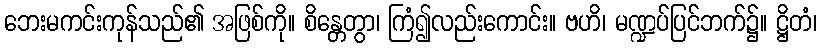
ဘေးမကင်းကုန်သည်၏ အဖြစ်ကို။ စိန္တေတွာ၊ ကြံ၍လည်းကောင်း။ ဗဟိ၊ မဏ္ဍပ်ပြင်ဘက်၌။ ဋ္ဌိတံ၊